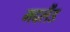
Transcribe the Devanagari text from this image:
मदलैंड